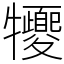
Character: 㹛